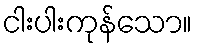
ငါးပါးကုန်သော။